Leaving Certificate Examination (including Day School Certificate (Higher) General paper), 1932
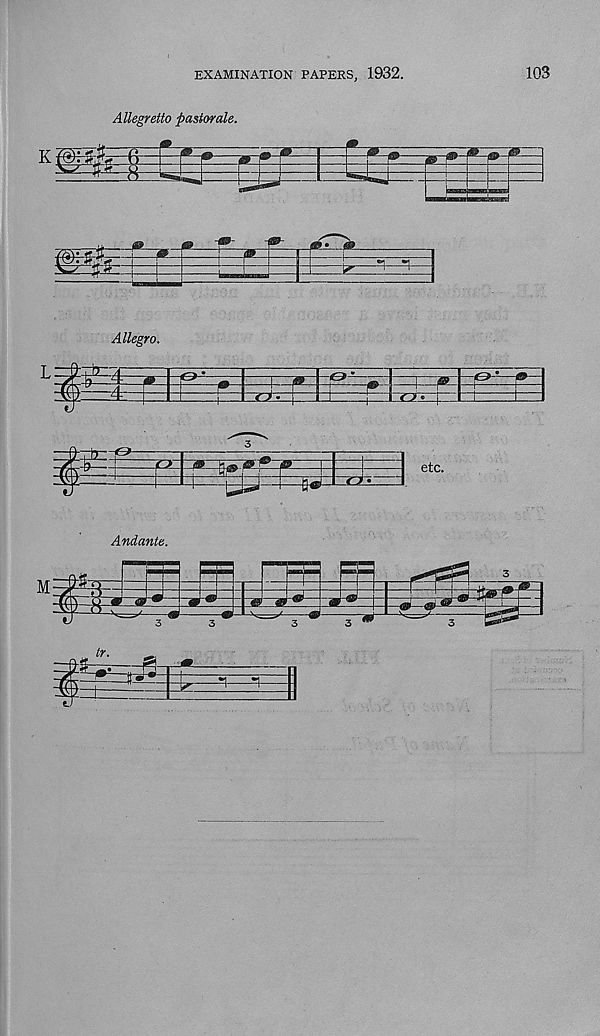
EXAMINATION PAPERS, 1932.
103
Allegretto pastorale.
Allegro.
Andante.